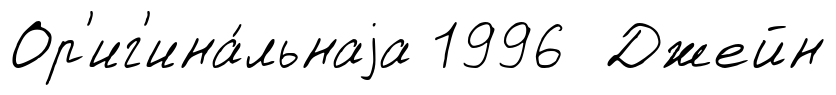
Ор'иг'ина́льнаjа 1996 Джейн